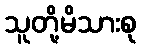
သူတို့မိသားစု